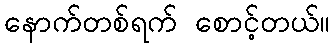
နောက်တစ်ရက် စောင့်တယ်။